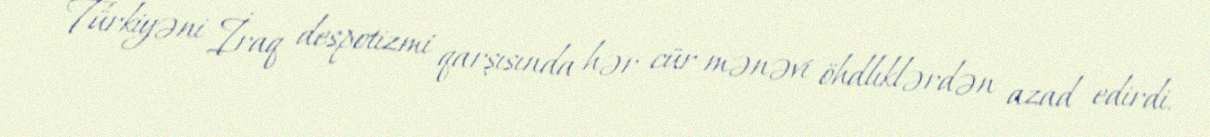
Türkiyəni İraq despotizmi qarşısında hər cür mənəvi öhdlıklərdən azad edirdi.